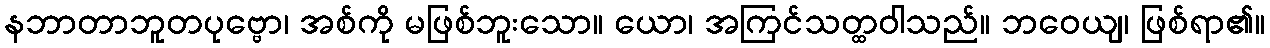
နဘာတာဘူတပုဗ္ဗော၊ အစ်ကို မဖြစ်ဘူးသော။ ယော၊ အကြင်သတ္ထဝါသည်။ ဘဝေယျ၊ ဖြစ်ရာ၏။